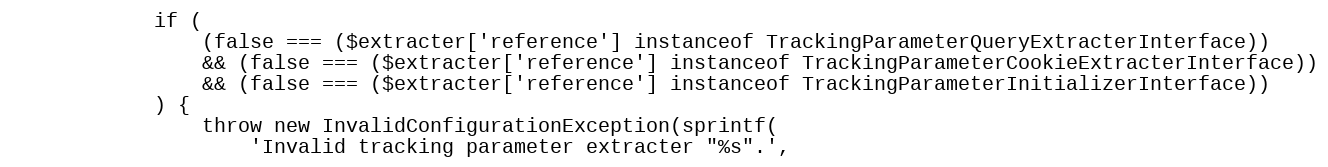
Language: PHP
            if (
                (false === ($extracter['reference'] instanceof TrackingParameterQueryExtracterInterface))
                && (false === ($extracter['reference'] instanceof TrackingParameterCookieExtracterInterface))
                && (false === ($extracter['reference'] instanceof TrackingParameterInitializerInterface))
            ) {
                throw new InvalidConfigurationException(sprintf(
                    'Invalid tracking parameter extracter "%s".',